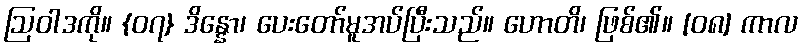
ဩဝါဒကို။ {၀၇} ဒိန္နော၊ ပေးတော်မူအပ်ပြီးသည်။ ဟောတိ၊ ဖြစ်၏။ [၀၈] ကာလ